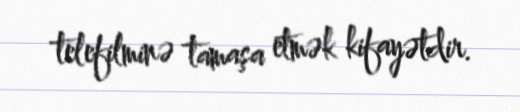
telefilminə tamaşa etmək kifayətdir.